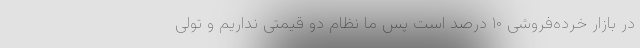
در بازار خرده‌فروشی ۱۰ درصد است پس ما نظام دو قیمتی نداریم و تولی